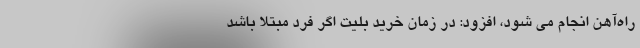
راه‌آهن انجام می شود، افزود: در زمان خرید بلیت اگر فرد مبتلا باشد